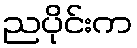
ညပိုင်းက